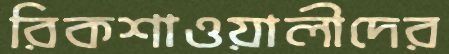
রিকশাওয়ালীদের